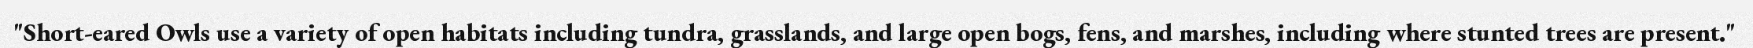
"Short-eared Owls use a variety of open habitats including tundra, grasslands, and large open bogs, fens, and marshes, including where stunted trees are present."